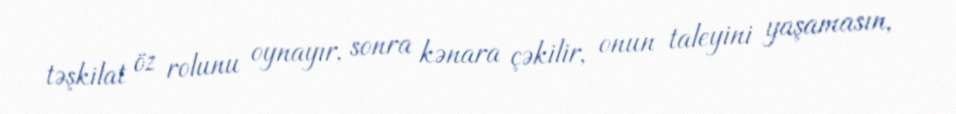
təşkilat öz rolunu oynayır, sonra kənara çəkilir, onun taleyini yaşamasın,